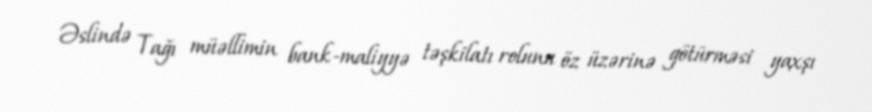
Əslində Tağı müəllimin bank-maliyyə təşkilatı rolunu öz üzərinə götürməsi yaxşı